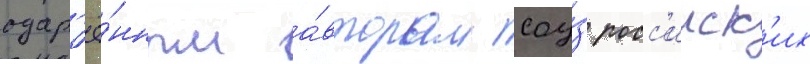
одар'ё́нным а́вторам соу́з росс'ииск'их